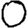
Digit: 0